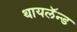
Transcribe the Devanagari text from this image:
थायलॅन्ड